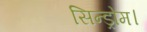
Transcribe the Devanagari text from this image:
सिन्ड्रोम।